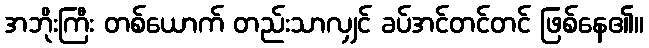
အဘိုးကြီး တစ်ယောက် တည်းသာလျှင် ခပ်အင်တင်တင် ဖြစ်နေ၏။